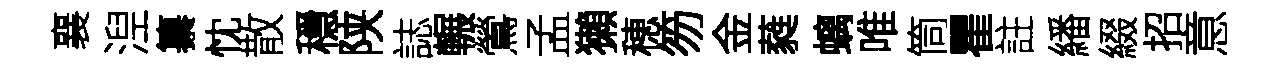
襄湼纂忱散穩陕誌輾鶯孟獺穂笏金蕤螭唯筒瞿註繙綴招意